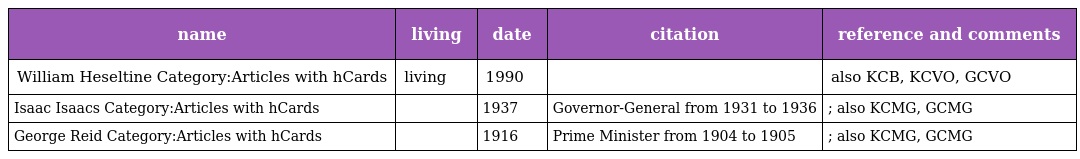
| name | living | date | citation | reference and comments |
 | --- | --- | --- | --- | --- |
 | William Heseltine Category:Articles with hCards | living | 1990 |  | also KCB, KCVO, GCVO |
 | Isaac Isaacs Category:Articles with hCards |  | 1937 | Governor-General from 1931 to 1936 | ; also KCMG, GCMG |
 | George Reid Category:Articles with hCards |  | 1916 | Prime Minister from 1904 to 1905 | ; also KCMG, GCMG |